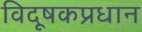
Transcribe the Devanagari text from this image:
विदूषकप्रधान